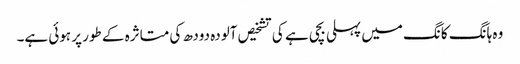
وہ ہانگ کانگ میں پہلی بچی ہے کی تشخیص آلودہ دودھ کی متاثرہ کے طور پر ہوئی ہے۔